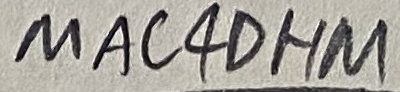
Text: MAC4OHM